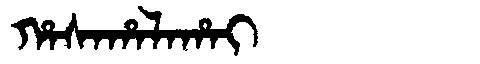
Manchu: ᡥᠠᠰᠠᡥᠠᠯᠠᡥᠠᡳ
Romanization: HASAHALAHAI